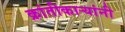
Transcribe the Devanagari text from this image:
क्रांतीकाऱ्यांनी